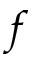
f